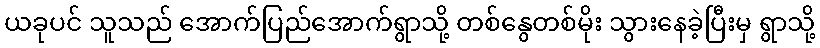
ယခုပင် သူသည် အောက်ပြည်အောက်ရွာသို့ တစ်နွေတစ်မိုး သွားနေခဲ့ပြီးမှ ရွာသို့